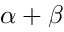
\alpha + \beta